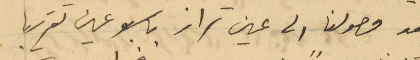
بعد وصولنا الى عين تراز باسبوعين تقريبا